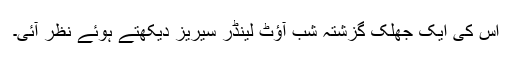
اس کی ایک جھلک گزشتہ شب آؤٹ لینڈر سیریز دیکھتے ہوئے نظر آئی۔